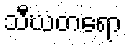
သီဃတရော